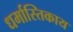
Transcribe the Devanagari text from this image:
धर्मास्तिकाय